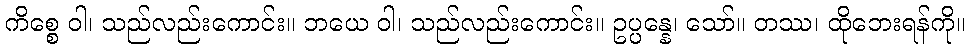
ကိစ္စေ ဝါ၊ သည်လည်းကောင်း။ ဘယေ ဝါ၊ သည်လည်းကောင်း။ ဥပ္ပန္နေ၊ သော်။ တဿ၊ ထိုဘေးရန်ကို။